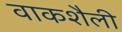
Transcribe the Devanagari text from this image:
वाकशैली